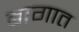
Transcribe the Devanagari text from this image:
बागात